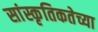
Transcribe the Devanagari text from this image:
सांस्कृतिकतेच्या